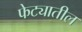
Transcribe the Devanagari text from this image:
फेट्यातील